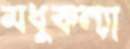
মধুকন্যা